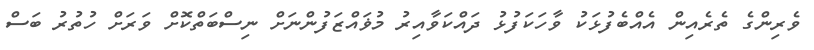
ވެރިންގެ ތެރެއިން އެއްބެފުޅަކު ވާހަކަފުޅު ދައްކަވާއިރު މުޥައްޒަފުންނަށް ނިސްބަތްކޮށް ވަރަށް ހުތުުރު ބަސް